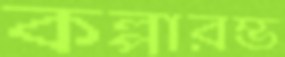
কল্পারম্ভ